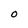
Character: o